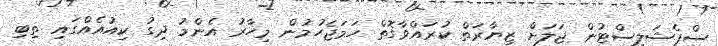
ސްޕެޝަލިސްޓުން ޖަލަށް ޒިޔާރަތް ކުރައްވާގޮތް ހަމަޖެހުމުން މިހާރު އެންމު ދިގު ކިއުއެއްގައި ތިބި